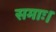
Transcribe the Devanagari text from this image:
समाः।